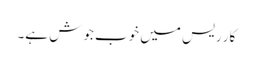
کار ریس میں خوب جوش ہے۔